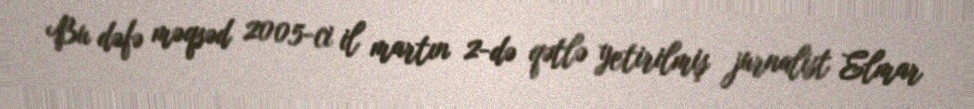
Bu dəfə məqsəd 2005-ci il martın 2-də qətlə yetirilmiş jurnalist Elmar